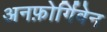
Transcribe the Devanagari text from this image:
अनफ़ोर्गिवेन